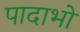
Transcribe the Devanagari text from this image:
पादाभों